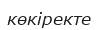
көкіректе